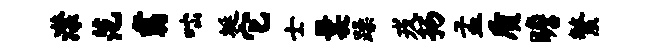
潸范翥咄埏它士曩躁戎扬孟质瞻繁